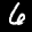
Label: 6